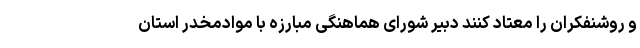
و روشنفکران را معتاد کنند دبیر شورای هماهنگی مبارزه با موادمخدر استان